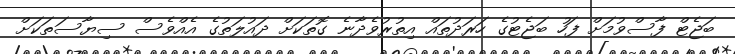
ބަޖެޓް ފާސްވުމަށް ފަހު ބަޖެޓުގެ ހަރަދުތައް އިތުރުވެދާނެ ގޮތަކަށް ދައުލަތުގެ އެއްވެސް ސިޔާސަތަކަށް